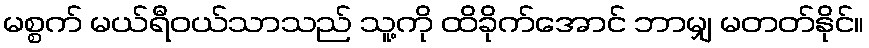
မစ္စက် မယ်ရီဝယ်သာသည် သူ့ကို ထိခိုက်အောင် ဘာမျှ မတတ်နိုင်။